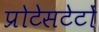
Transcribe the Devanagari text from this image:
प्रोटेसटेटों